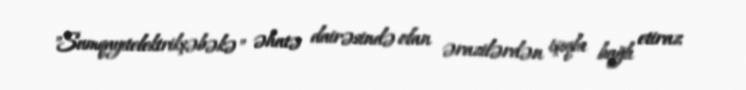
"Sumqayıtelektrikşəbəkə" əhatə dairəsində olan ərazilərdən işıqla bağlı etiraz